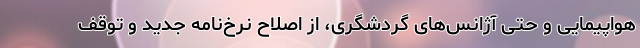
هواپیمایی و حتی آژانس‌های گردشگری، از اصلاح نرخ‌نامه جدید و توقف